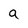
Character: a